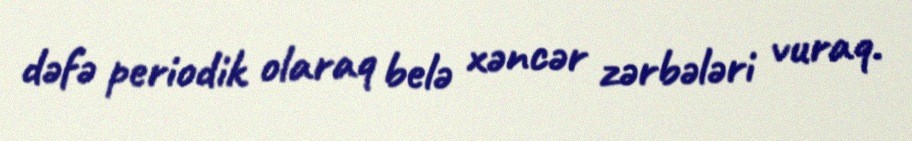
dəfə periodik olaraq belə xəncər zərbələri vuraq.